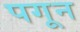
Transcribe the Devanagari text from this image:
पगून